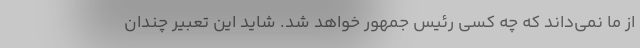
از ما نمی‌داند که چه کسی رئیس جمهور خواهد شد. شاید این تعبیر چندان